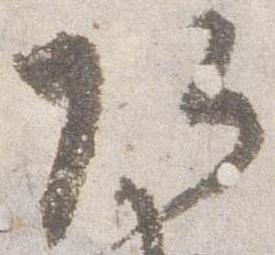
頭